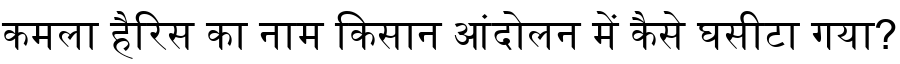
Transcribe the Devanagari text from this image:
कमला हैरिस का नाम किसान आंदोलन में कैसे घसीटा गया?